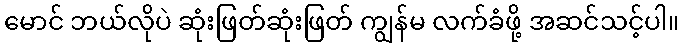
မောင် ဘယ်လိုပဲ ဆုံးဖြတ်ဆုံးဖြတ် ကျွန်မ လက်ခံဖို့ အဆင်သင့်ပါ။